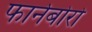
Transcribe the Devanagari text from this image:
फार्नबोरो